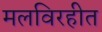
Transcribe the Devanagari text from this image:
मलविरहीत